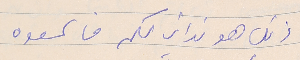
ذلك هو ندائي لكم فاسمعوه